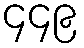
၄၄၉